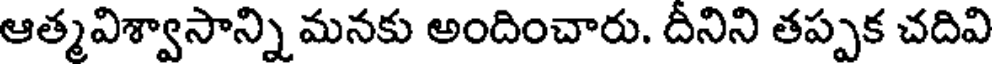
ఆత్మవిశ్వాసాన్ని మనకు అందించారు. దీనిని తప్పక చదివి